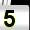
Digit: 5